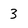
Character: 3